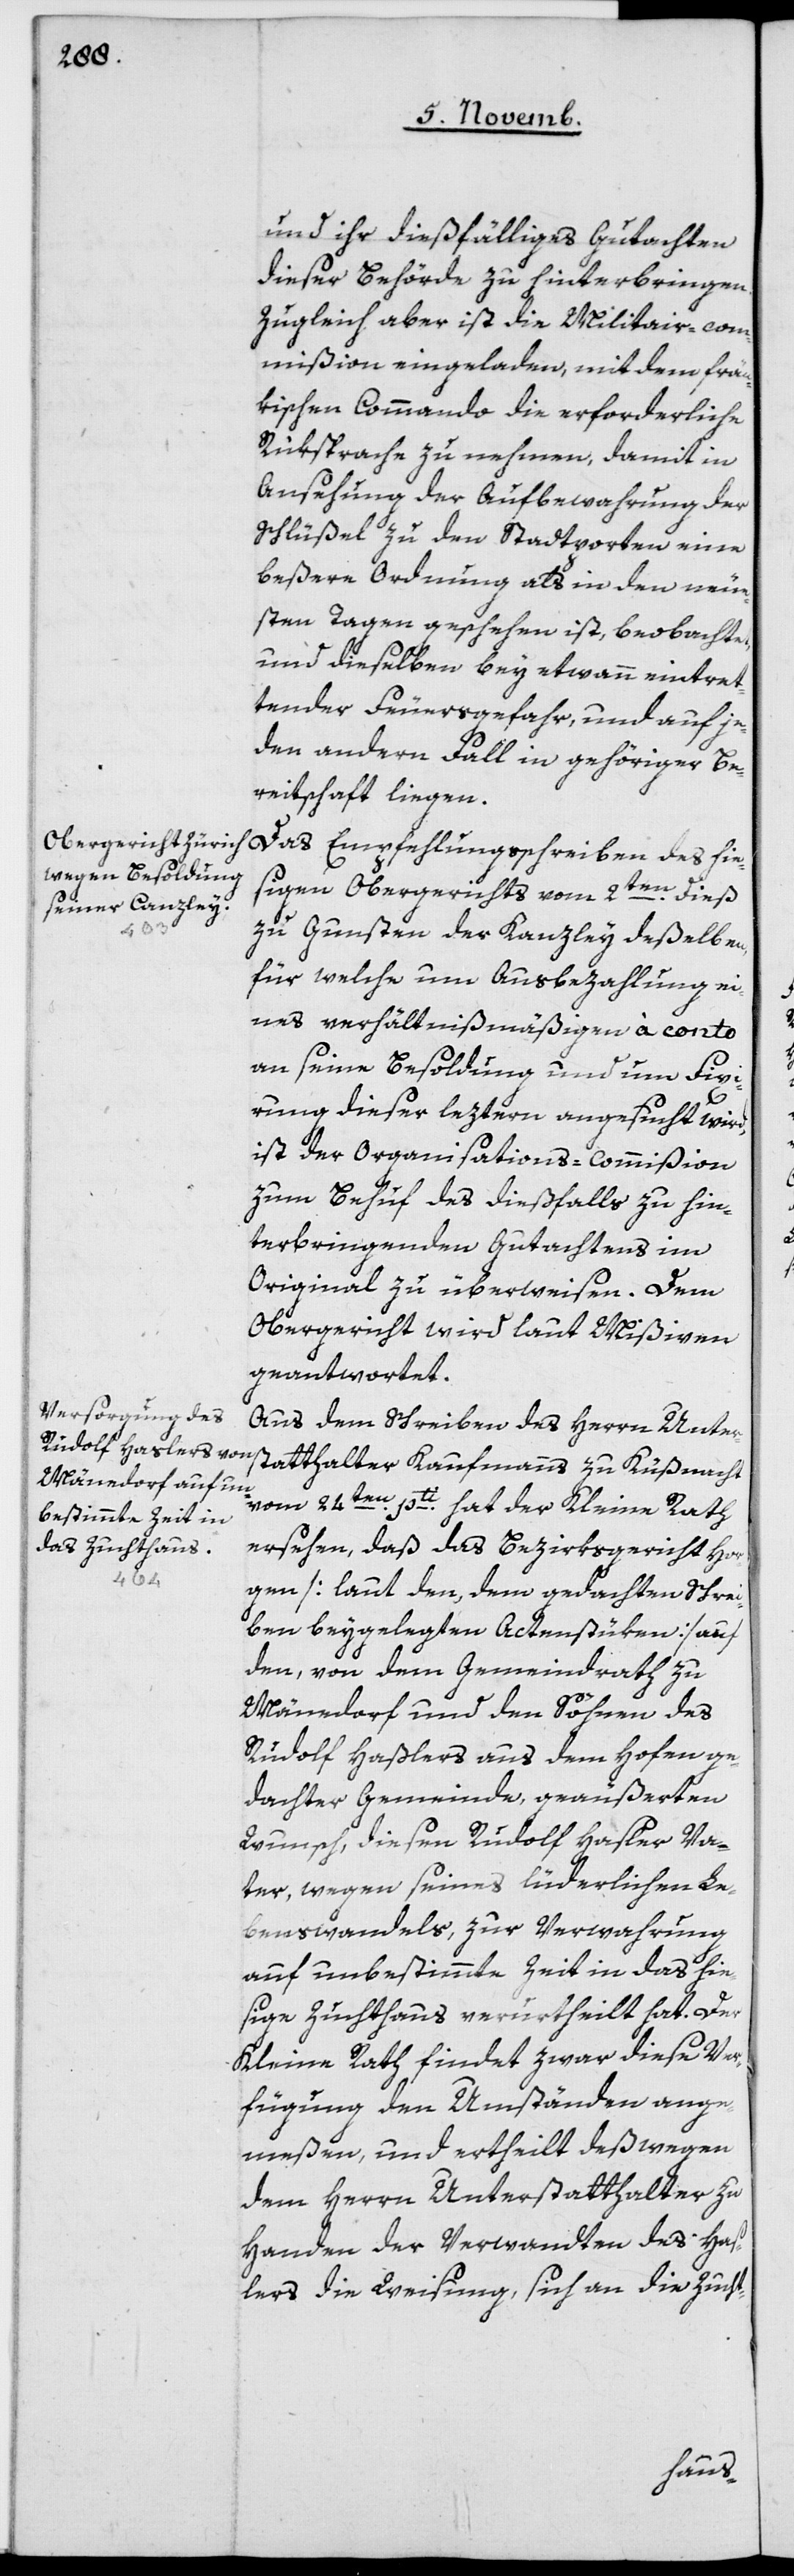
und ihr dießfälliges Gutachten
dieser Behörde zu hinterbringen.
Zugleich aber ist die Militair-com¬
mißion eingeladen, mit dem frän¬
kischen Commando die erforderliche
Rüksprache zu nehmen, damit in
Ansehung der Aufbewahrung der
Schlüßel zu den Stadtporten eine
beßere Ordnung als in den neue¬
sten Tagen geschehen ist, beobachtet,
und dieselben bey etwann eintret¬
tender Feuersgefahr, und auf je¬
den andern Fall in gehöriger Be¬
reitschaft liegen.
sigen Obergerichts vom 2ten dieß
zu Gunsten der Kanzley deßelben,
für welche um Ausbezahlung ei¬
nes verhältnißmäßigen à conto
an seine Besoldung und um Fixi¬
rung dieser leztern angesucht wird,
ist der Organisations-Commißion
zum Behuf des dießfalls zu hin¬
terbringenden Gutachtens im
Original zu überweisen. Dem
Obergericht wird laut Mißiven
geantwortet.
Aus dem Schreiben des Herrn Unter¬
statthalter Kaufmanns zu Küßnacht
vom 24ten pti hat der Kleine Rath
ersehen, daß das Bezirksgericht Hor¬
gen [laut den, dem gedachten Schrei¬
ben beygelegten Actenstüken] auf
den, von dem Gemeindrath zu
Männedorf und den Söhnen des
Rudolf Haslers aus dem Hofen ge¬
dachter Gemeinde, geäußerten
Wunsch, diesen Rudolf Hasler Va¬
ter, wegen seines lüderlichen Le¬
benswandels, zur Verwahrung
auf unbestimmte Zeit in das hie¬
sige Zuchthaus verurtheilt hat. Der
Kleine Rath findet zwar diese Ver¬
fügung den Umständen ange¬
meßen, und ertheilt deßwegen
dem Herrn Unterstatthalter zu
Handen der Verwandten des Has¬
lers die Weisung, sich an die Zucht-
hie¬